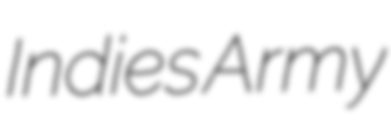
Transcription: Indies Army